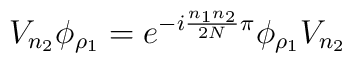
V_{n_2} \phi _{\rho _1} = e^{-i\frac{n_1n_2}{2N}\pi}    \phi _{\rho _1} V_{n_2}